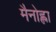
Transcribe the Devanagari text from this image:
मैनोह्ला